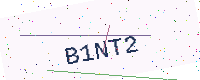
Text: B1NT2